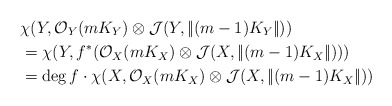
\begin{align*} &\chi (Y, \mathcal O_Y(mK_Y)\otimes \mathcal J(Y, |\!| (m-1)K_Y|\!|))\\&= \chi (Y, f^*(\mathcal O_X(mK_X)\otimes \mathcal J (X, |\!|(m-1)K_X|\!|)))\\ & =\deg f \cdot \chi (X, \mathcal O_X(mK_X)\otimes \mathcal J(X, |\!| (m-1)K_X|\!|))\end{align*}